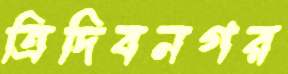
ত্রিদিবনগর